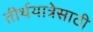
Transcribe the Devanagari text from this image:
तीर्थयात्रेसाठी